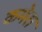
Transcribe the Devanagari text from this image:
कमेरा